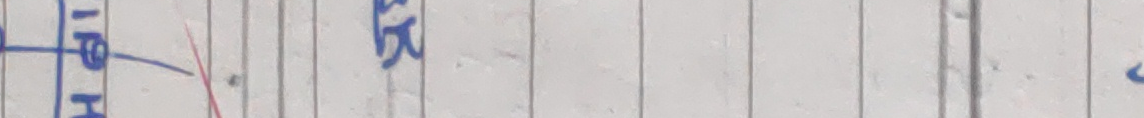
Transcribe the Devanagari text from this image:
१८ रू ८